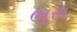
ભૂરા